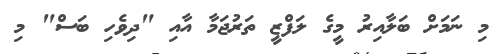
މި ނަމަށް ބަލާއިރު މީގެ ލަފްޒީ ތަރުޖަމާ އާއި "ދިވެހި ބަސް" މި